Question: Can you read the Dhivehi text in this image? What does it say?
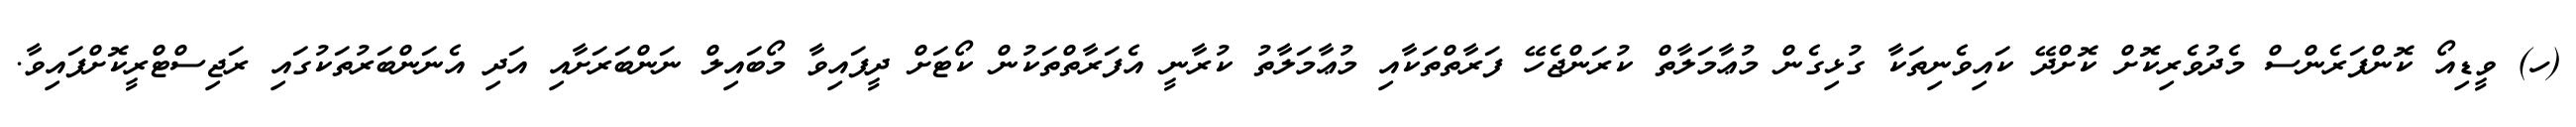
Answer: (ހ) ވީޑިއޯ ކޮންފަރެންސް މެދުވެރިކޮށް ކޮށްދޭ ކައިވެނިތަކާ ގުޅިގެން މުޢާމަލާތް ކުރަންޖެހޭ ފަރާތްތަކާއި މުޢާމަލާތު ކުރާނީ އެފަރާތްތަކުން ކޯޓަށް ދީފައިވާ މޯބައިލް ނަންބަރަށާއި އަދި އެނަންބަރުތަކުގައި ރަޖިސްޓްރީކޮށްފައިވާ.